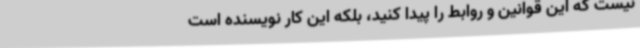
نیست که این قوانین و روابط را پیدا کنید، بلکه این کار نویسنده است